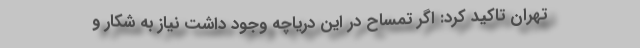
تهران تاکید کرد: اگر تمساح در این دریاچه وجود داشت نیاز به شکار و